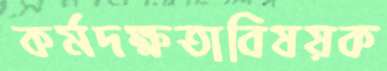
কর্মদক্ষতাবিষয়ক